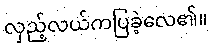
လှည့်လယ်ကပြခဲ့လေ၏။